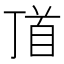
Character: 𩠑